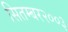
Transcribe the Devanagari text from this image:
सितम्बर२००३